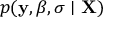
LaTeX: p ( \mathbf { y } , { \boldsymbol { \beta } } , \sigma \mid \mathbf { X } )